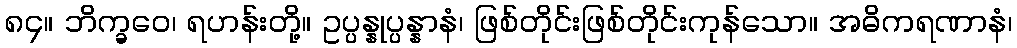
၈၄။ ဘိက္ခဝေ၊ ရဟန်းတို့။ ဥပ္ပန္နုပ္ပန္နာနံ၊ ဖြစ်တိုင်းဖြစ်တိုင်းကုန်သော။ အဓိကရဏာနံ၊